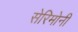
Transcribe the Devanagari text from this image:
सेरिमोनी